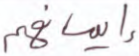
إيمانهم